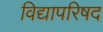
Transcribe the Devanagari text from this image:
विद्यापरिषद